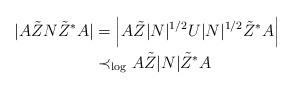
LaTeX: \begin{align*}|A\tilde{Z}N\tilde{Z}^*A| &= \left|A\tilde{Z}|N|^{1/2}U|N|^{1/2}\tilde{Z}^*A\right| \\&\prec_{\log} A\tilde{Z}|N|\tilde{Z}^*A\end{align*}